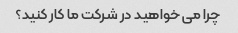
چرا می خواهید در شرکت ما کار کنید؟